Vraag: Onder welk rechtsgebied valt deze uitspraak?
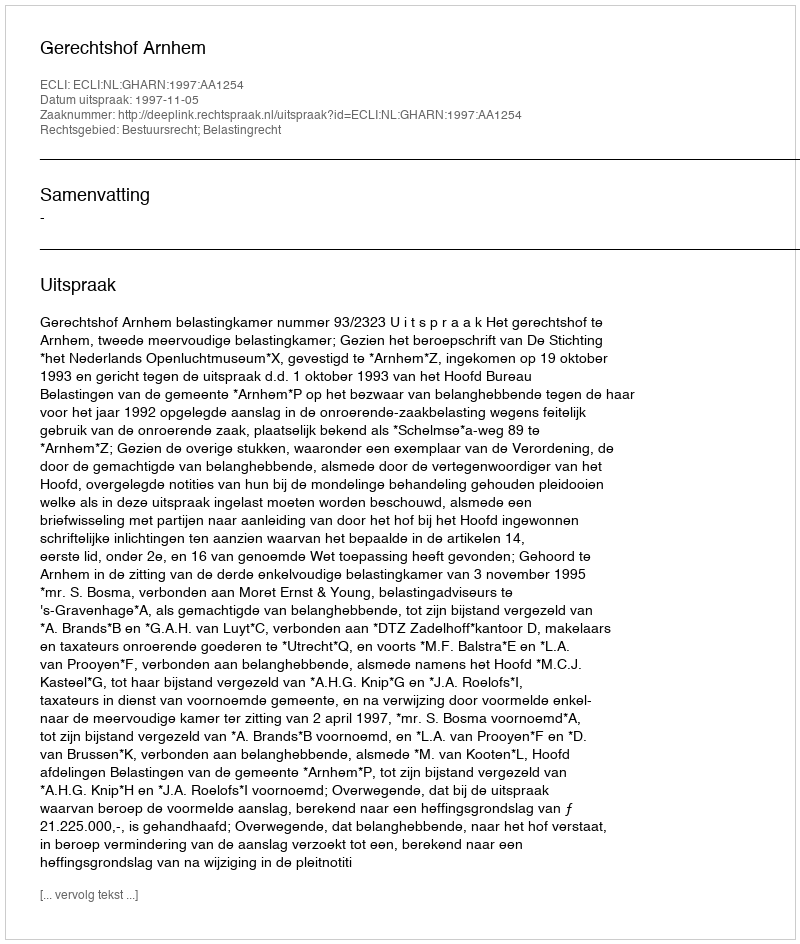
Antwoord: Bestuursrecht; Belastingrecht